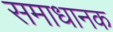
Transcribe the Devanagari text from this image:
समाधानक